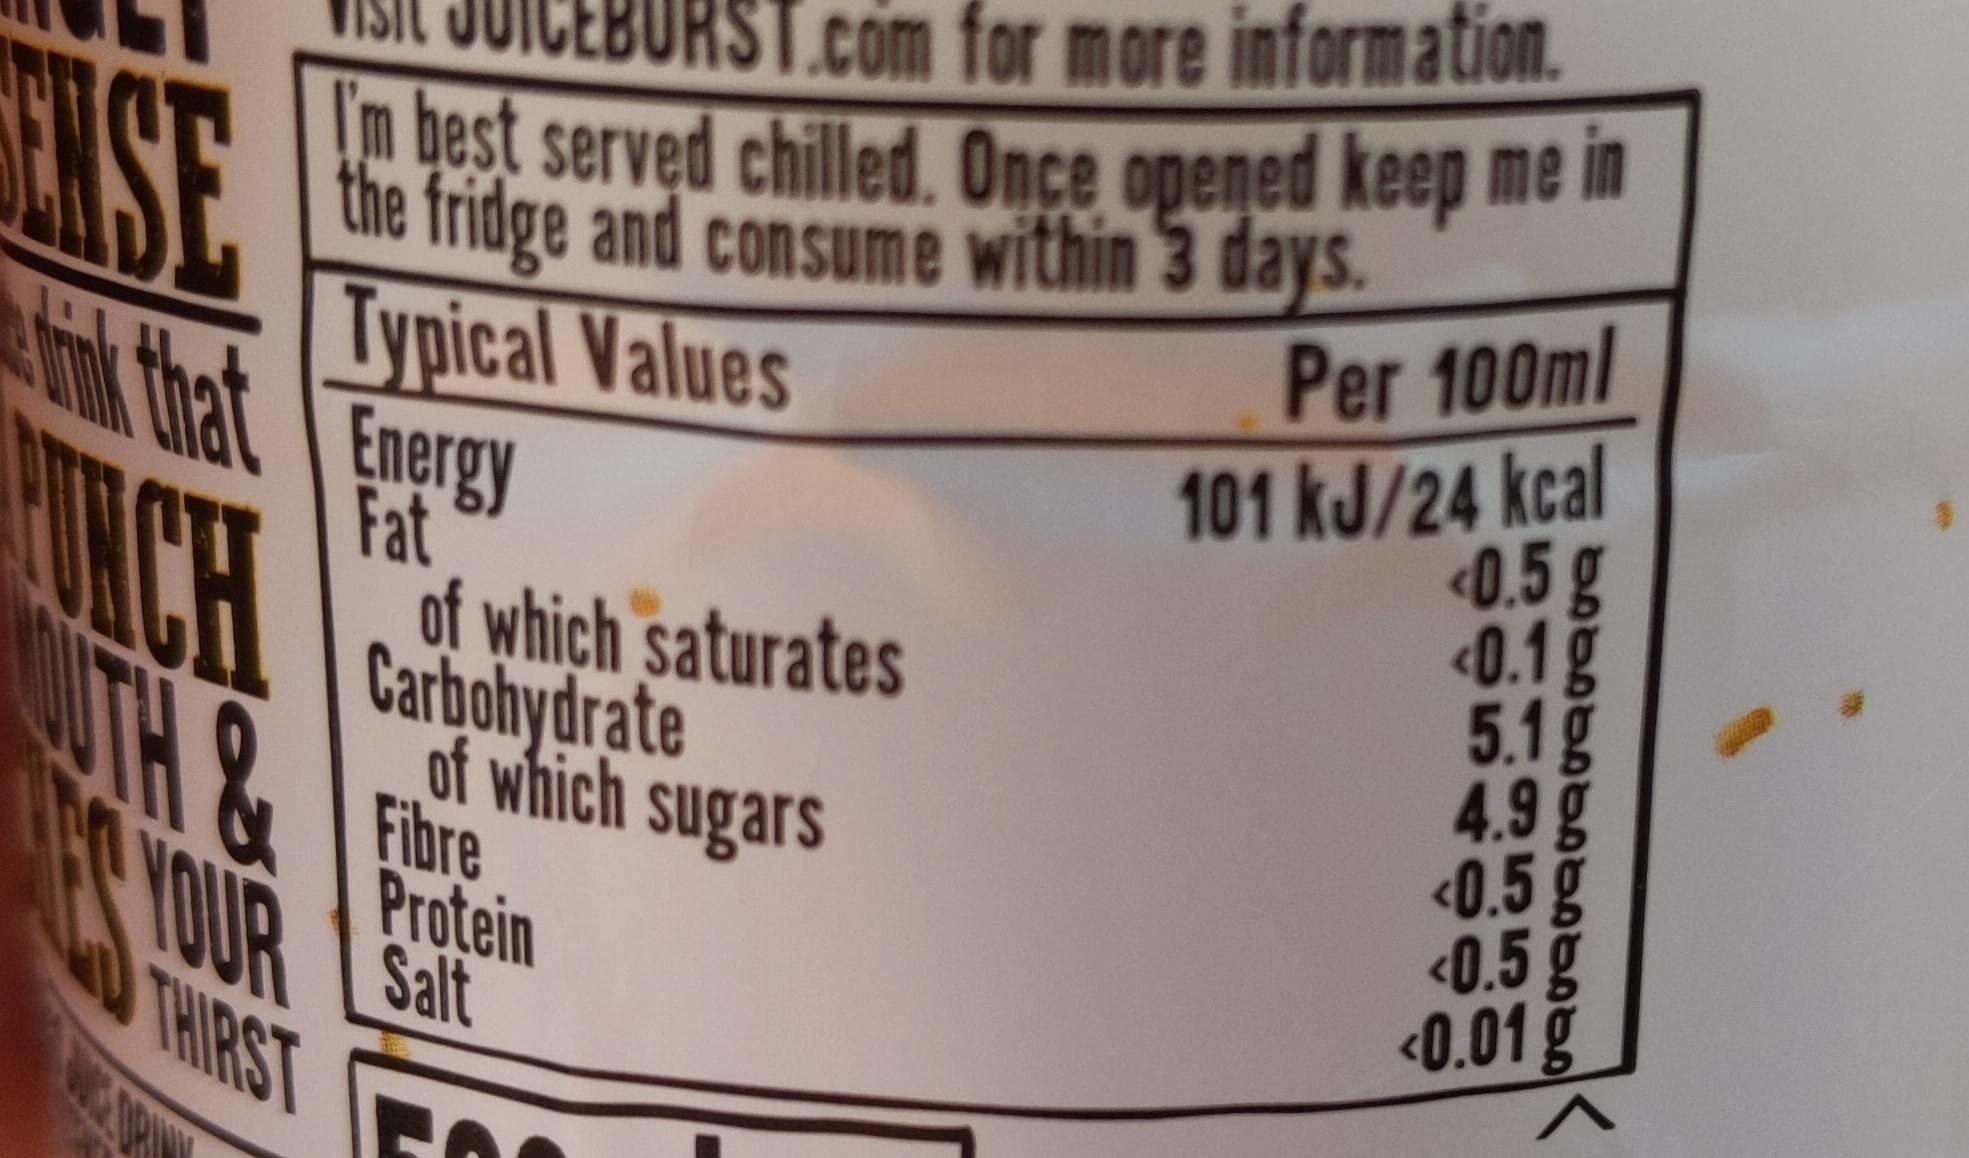
URST.com for more information. m best served chilled. Once opened keep me in the fridge and consume within 3 days. Typical Values het Energy Fat of which saturates Carbohydrate
ASE
Per 100ml
101 kJ/24 kcal
<0.5 g 0.1g 5.1g 4.9g <0.5g <0.5 g <0.01 g
of which sugars UTH &
Fibre
H
Protein YOUR Salt
THIRST